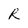
Character: R